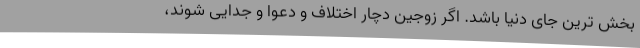
بخش ترین جای دنیا باشد. اگر زوجین دچار اختلاف و دعوا و جدایی شوند،